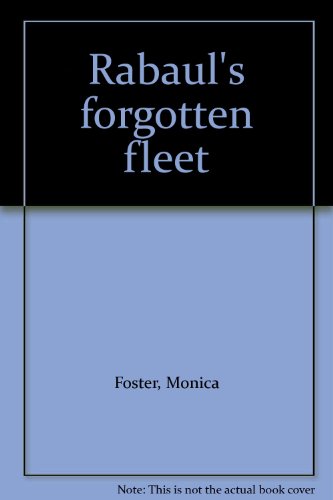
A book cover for Rabaul's forgotten fleet; Monica Foster; Travel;